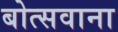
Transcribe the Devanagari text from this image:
बोत्‍सवाना